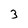
Character: 3